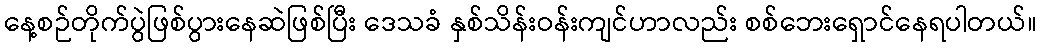
နေ့စဉ်တိုက်ပွဲဖြစ်ပွားနေဆဲဖြစ်ပြီး ဒေသခံ နှစ်သိန်းဝန်းကျင်ဟာလည်း စစ်ဘေးရှောင်နေရပါတယ်။